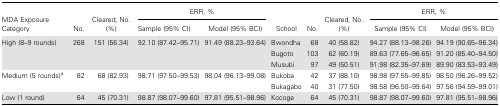
<table><thead><tr><td rowspan="2"><b>MDA Exposure Category</b></td><td rowspan="2"><b>No.</b></td><td rowspan="2"><b>Cleared, No. (%)</b></td><td colspan="2"><b>ERR, %</b></td><td rowspan="2"><b>School</b></td><td rowspan="2"><b>No.</b></td><td rowspan="2"><b>Cleared, No. (%)</b></td><td colspan="2"><b>ERR, %</b></td></tr><tr><td><b>Sample (95% CI)</b></td><td><b>Model (95% BCI)</b></td><td><b>Sample (95% CI)</b></td><td><b>Model (95% BCI)</b></td></tr></thead><tbody><tr><td rowspan="3">High (8–9 rounds)</td><td rowspan="3">268</td><td rowspan="3">151 (56.34)</td><td rowspan="3">92.10 (87.42–95.71)</td><td rowspan="3">91.49 (88.23–93.64)</td><td>Bwondha</td><td>68</td><td>40 (58.82)</td><td>94.27 (88.13–98.26)</td><td>94.19 (90.65–96.34)</td></tr><tr><td>Bugoto</td><td>103</td><td>62 (60.19)</td><td>89.63 (77.65–96.65)</td><td>91.20 (85.40–94.50)</td></tr><tr><td>Musubi</td><td>97</td><td>49 (50.51)</td><td>91.98 (82.35–97.69)</td><td>89.90 (83.53–93.49)</td></tr><tr><td rowspan="2">Medium (5 rounds)<sup>a</sup></td><td rowspan="2">82</td><td rowspan="2">68 (82.93)</td><td rowspan="2">98.71 (97.50–99.53)</td><td rowspan="2">98.04 (96.13–99.08)</td><td>Bukoba</td><td>42</td><td>37 (88.10)</td><td>98.98 (97.55–99.85)</td><td>98.50 (96.26–99.52)</td></tr><tr><td>Bukagabo</td><td>40</td><td>31 (77.50)</td><td>98.58 (96.50–99.64)</td><td>97.56 (94.59–99.01)</td></tr><tr><td>Low (1 round)</td><td>64</td><td>45 (70.31)</td><td>98.87 (98.07–99.60)</td><td>97.81 (95.51–98.96)</td><td>Kocoge</td><td>64</td><td>45 (70.31)</td><td>98.87 (98.07–99.60)</td><td>97.81 (95.51–98.96)</td></tr></tbody></table>